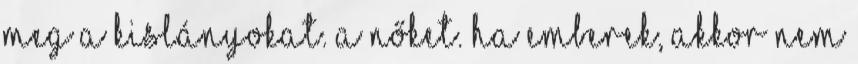
meg a kislányokat. a nőket. Ha emberek, akkor nem